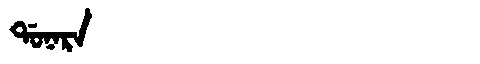
Manchu: ᡩᠣᠨᠠᡵᠠ
Romanization: DONARA